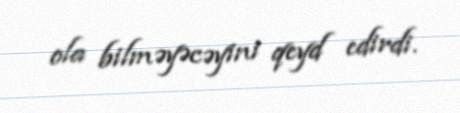
ola bilməyəcəyini qeyd edirdi.